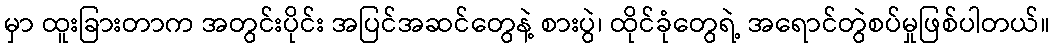
မှာ ထူးခြားတာက အတွင်းပိုင်း အပြင်အဆင်တွေနဲ့ စားပွဲ၊ ထိုင်ခုံတွေရဲ့ အရောင်တွဲစပ်မှုဖြစ်ပါတယ်။